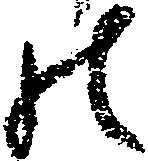
の